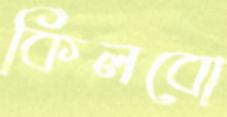
কিলবো